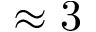
\approx 3